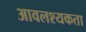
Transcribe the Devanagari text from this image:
आवलश्यकता